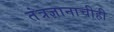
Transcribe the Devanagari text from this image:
तंत्रज्ञानाचीही